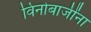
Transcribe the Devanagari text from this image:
विनोबाजींना